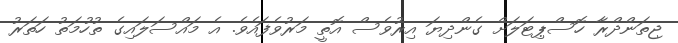
ޖިތަންދްރާ ހޮސްޕިޓަލަށް ގެންދިޔަ އިރުވެސް އޮތީ މަރުވެފައެވެ. އެ މައްސަލައިގެ ތުހުމަތު ހަތަރު